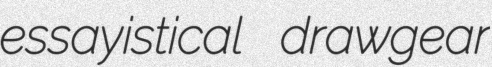
essayistical drawgear